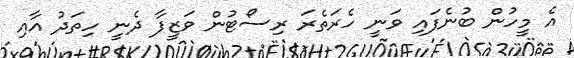
އެ މީހުން ބުނެފައި ވަނީ ހެރަތެރަ ރިސޯޓުން ވަޒީފާ ދެނީ ހިތަދު އާއި